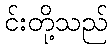
င်းတို့သည်